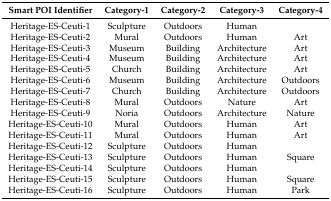
<table><thead><tr><td><b>Smart POI Identifier</b></td><td><b>Category-1</b></td><td><b>Category-2</b></td><td><b>Category-3</b></td><td><b>Category-4</b></td></tr></thead><tbody><tr><td>Heritage-ES-Ceuti-1</td><td>Sculpture</td><td>Outdoors</td><td>Human</td></tr><tr><td>Heritage-ES-Ceuti-2</td><td>Mural</td><td>Outdoors</td><td>Human</td><td>Art</td></tr><tr><td>Heritage-ES-Ceuti-3</td><td>Museum</td><td>Building</td><td>Architecture</td><td>Art</td></tr><tr><td>Heritage-ES-Ceuti-4</td><td>Museum</td><td>Building</td><td>Architecture</td><td>Art</td></tr><tr><td>Heritage-ES-Ceuti-5</td><td>Church</td><td>Building</td><td>Architecture</td><td>Art</td></tr><tr><td>Heritage-ES-Ceuti-6</td><td>Museum</td><td>Building</td><td>Architecture</td><td>Outdoors</td></tr><tr><td>Heritage-ES-Ceuti-7</td><td>Church</td><td>Building</td><td>Architecture</td><td>Outdoors</td></tr><tr><td>Heritage-ES-Ceuti-8</td><td>Mural</td><td>Outdoors</td><td>Nature</td><td>Art</td></tr><tr><td>Heritage-ES-Ceuti-9</td><td>Noria</td><td>Outdoors</td><td>Architecture</td><td>Nature</td></tr><tr><td>Heritage-ES-Ceuti-10</td><td>Mural</td><td>Outdoors</td><td>Human</td><td>Art</td></tr><tr><td>Heritage-ES-Ceuti-11</td><td>Mural</td><td>Outdoors</td><td>Human</td><td>Art</td></tr><tr><td>Heritage-ES-Ceuti-12</td><td>Sculpture</td><td>Outdoors</td><td>Human</td></tr><tr><td>Heritage-ES-Ceuti-13</td><td>Sculpture</td><td>Outdoors</td><td>Human</td><td>Square</td></tr><tr><td>Heritage-ES-Ceuti-14</td><td>Sculpture</td><td>Outdoors</td><td>Human</td></tr><tr><td>Heritage-ES-Ceuti-15</td><td>Sculpture</td><td>Outdoors</td><td>Human</td><td>Square</td></tr><tr><td>Heritage-ES-Ceuti-16</td><td>Sculpture</td><td>Outdoors</td><td>Human</td><td>Park</td></tr></tbody></table>